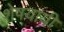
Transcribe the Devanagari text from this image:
शेषयायी